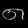
Digit: ၈